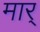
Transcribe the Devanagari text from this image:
मार्